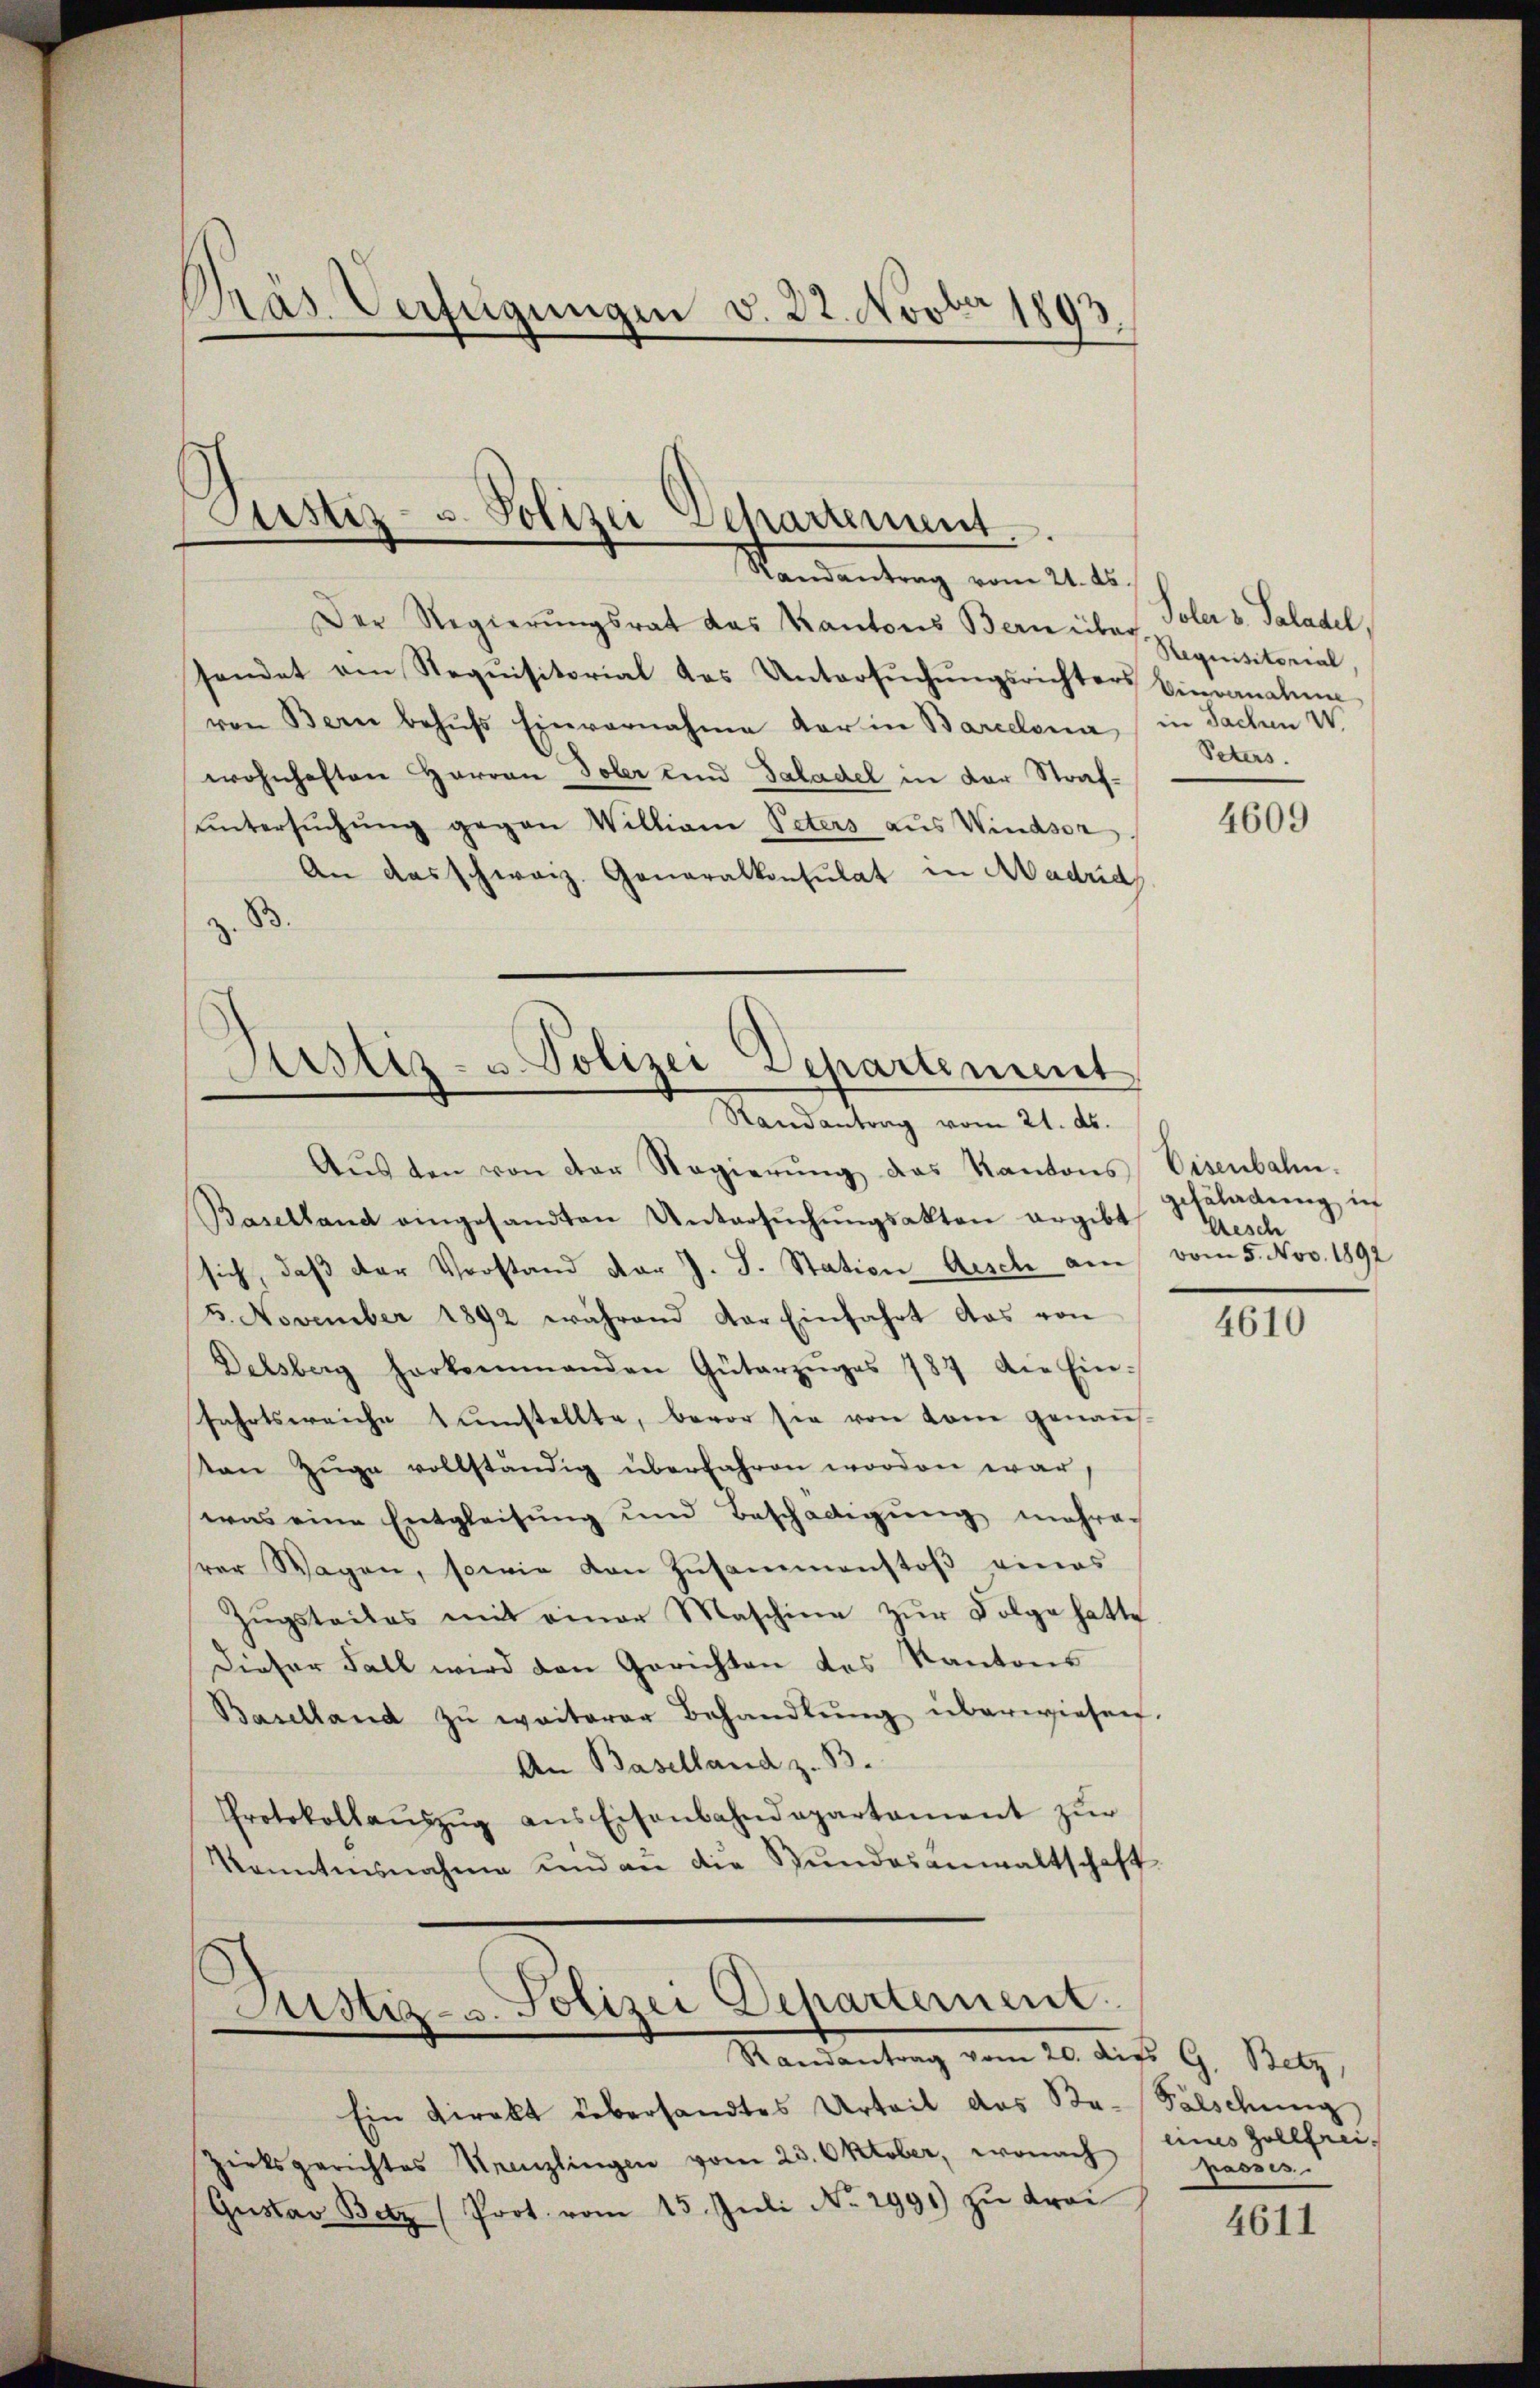
Präs. Verfügungen v. 22. Novber 1893

Justiz- u. Polizei Dehartement
Mandantung vom 21.

Der Regierungsrat das Kantons Bern über Toler v. Saladel
sendet von Requisitorial das Untersuchungsrichters Einvenalen
von Bern behŭfs Einvernahme der in Barcelona in Sachen W
wohnhaften Harron Toler und Saladel in der Strafŭntersŭchŭng gegen Williane Peters aus Windsor
An das schweiz. Generalkonsulat in Madrid
B
Sistiz- u. Polizei Departement

Randantrag vom 21. ds.

Astiz- u. Polizei Departernent
Mandantung vom 20. des G. Batz,

Aŭs den von der Regierŭng das Kantons Eisenbahn.
Baselland eingesandten Untersŭchŭngsakten ergibt
sich, daß der Vorstand der J. J. Station Aesch am vom 5. Nov. 1892
5. November 1892 während der Einfahrt das von
Delsberg herkommanden Güterzŭges 787 die Ein-
fahrtsweiche tŭnstellte, bevor sie von kam genaŭs-
ton Züge vollständig überfahren worden war,
was eine Entgleisung und Beschädigung mehrer
rer Wagen, sowie von Zŭsammenstoβ eines
Zŭgsteiles mit einer Maschine zŭr Folge hatte
Dieser Fall wird den Gerichten des Kantons
Baselland zŭ weiterer Behandlŭng überwiesen.
An Baselland z. B.
Protokollaŭszŭg ans Eisenbahndepartament zŭr
Kanntensnahme und an die Bundesanwaltschaft.

Ein Direkt übersandtes Urteil das Ba-Fälschung
zirksgerichtes Krenzlingen vom 23. Oktober, wonach eines Zollfrei-
Gustav Betz (Prot. vom 15. Jŭli No. 2991) zu droi

Requisitorial
Peters.

4609

gefladung in
Gesch

4610

passis.

4611